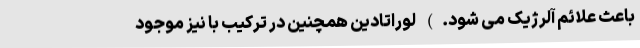
باعث علائم آلرژیک می شود.) لوراتادین همچنین در ترکیب با نیز موجود